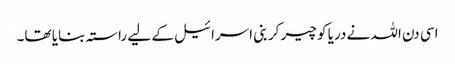
اسی دن اللہ نے دریا کو چیر کر بنی اسرائیل کے لیے راستہ بنایا تھا۔